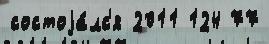
состоjа́лс'я 2011 124 77